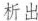
析出